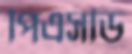
পিএসডি